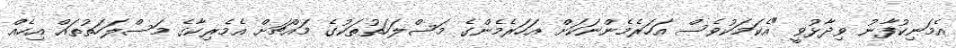
އެމަނިކުފާނު ވިދާޅުވީ "އެކަމަކުވެސް އަހަރެމެންނަކަށް އަހަރެމެންގެ މަސްލަހަތުތަކުގެ މައްޗަށް އެމެރިކާގެ މަސްލަހަތުތައް އިހެއް